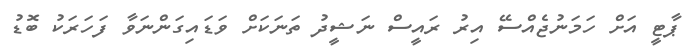
ޕާޓީ އަށް ހަމަނުޖެއްސޭ އިރު ރައީސް ނަޝީދު ތަނަކަށް ވަޑައިގަންނަވާ ފަހަރަކު ބޮޑު